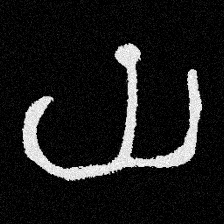
Pyu character \u2014 Myanmar letter: ယ (romanized: ya)